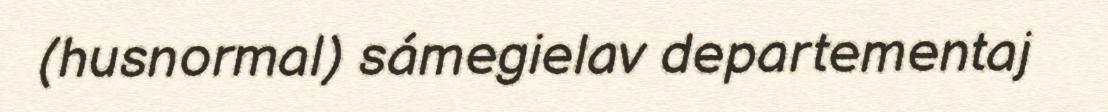
(husnormal) sámegielav departementaj